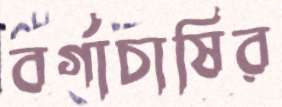
বর্গাচাষির